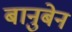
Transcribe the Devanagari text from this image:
बानुबेन